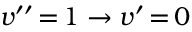
v ^ { \prime \prime } \, { = } \, 1 \rightarrow v ^ { \prime } \, { = } \, 0